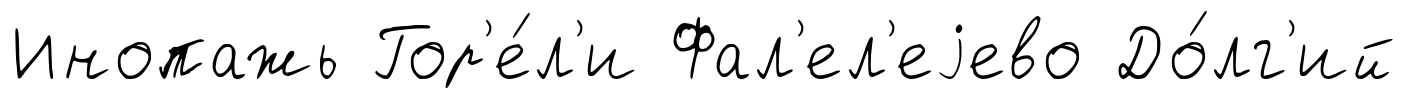
Инопажь Гор'е́л'и Фал'ел'еjево До́лг'ий